Bulletin of the Pasteur Institute of Southern India, Coonoor - No. 3.
Year: 1910
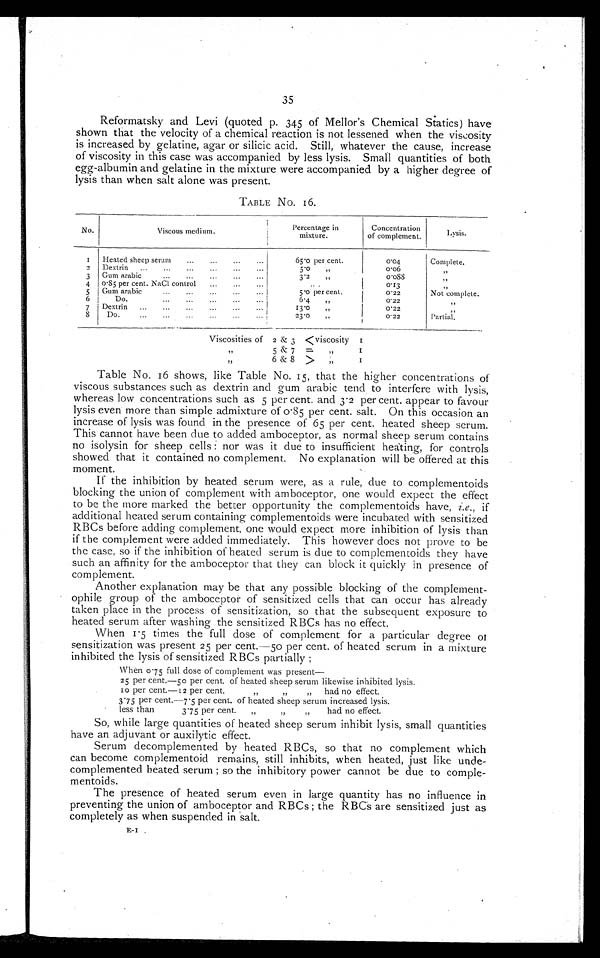
35
Reformatsky and Levi (quoted p. 345 of Mellor's Chemical Statics) have
shown that the velocity of a chemical reaction is not lessened when the viscosity
is increased by gelatine, agar or silicic acid. Still, whatever the cause, increase
of viscosity in this case was accompanied by less lysis. Small quantities of both
egg-albumin and gelatine in the mixture were accompanied by a higher degree of
lysis than when salt alone was present.
TABLE No. 16.
No.
Viscous medium.
Percentage in
mixture.
Concentration
of complement.
L y s i s .
1
...
...
...
Heated sheep serum...
per cent.
0.04
Complete.
2
Dextrin
......
5.0
„
0 .06
3
4
Gum arabic
...
...
...
...
...
0.85 per cent. NaCI control
...
...
...
3.2
„
0 . 0 8 8
0.13
,,
5
Gum arabic
...
...
...
...
...
5.0 per cent.
0.22
Not complete.
6
Do.
...
...
...
...
6.4
„
0.22
, ,
7 i Dextrin
...
...
...
...
...
13.0
„
0'22
, ,
S
Do.
...
...
...
23.0
,,
0 . 2 2
Partial.
Viscosities of
, ,
,,
2 & 3
5 & 7
6 & 8
<viscosity
=
,,
>
,,
1
1
1
Table No. 16 shows, like Table No. 15, that the higher concentrations of
viscous substances such as dextrin and gum arabic tend to interfere with lysis,
whereas low concentrations such as 5 per cent. and 3.2 per cent. appear to favour
lysis even more than simple admixture of 0.85 per cent. salt. On this occasion an
increase of lysis was found in the presence of 65 per cent. heated sheep serum.
This cannot have been due to added amboceptor, as normal sheep serum contains
no isolysin for sheep cells : nor was it due to insufficient heating, for controls
showed that it contained no complement. No explanation will be offered at this
moment.
If the inhibition by heated serum were, as a rule, clue to complementoids
blocking the union of complement with amboceptor, one would expect the effect
to be the more marked the better opportunity the complementoids have, i.e., if
additional heated serum containing complementoids were incubated with sensitized
RBCs before adding complement, one would expect more inhibition of lysis than
if the complement were added immediately. This however does not prove to be
the case, so if the inhibition of heated serum is clue to complementoids they have
such an affinity for the amboceptor that they can block it quickly in presence of
complement.
Another explanation may be that any possible blocking of the complement-
ophile group of the amboceptor of sensitized cells that can occur has already
taken place in the process of sensitization, so that the subsequent exposure to
heated serum after washing the sensitized RBCs has no effect.
When 1 . 5 times the full dose of complement for a particular degree of
sensitization was present 25 per cent.—50 per cent. of heated serum in a mixture
inhibited the lysis of sensitized RBCs partially ;
When 0.75 full dose of complement was present
—
25 per cent.—5o per cent. of heated sheep serum likewise inhibited lysis.
10 per cent.—12 per cent.„
had no effect.
,,
, ,
3 . 7 5 per cent.—7.5 per cent. of heated sheep serum increased lysis.
less than
3.75 per cent.
„
,,
had no effect.
77
So, while large quantities of heated sheep serum inhibit lysis, small quantities
have an adjuvant or auxilytic effect.
Serum decomplemented by heated RBCs, so that no complement which
can become complementoid remains, still inhibits, when heated, just like unde-
complemented heated serum ; so the inhibitory power cannot be due to comple-
mentoids.
The presence of heated serum even in large quantity has no influence in
preventing the union of amboceptor and RBCs ; the RBCs are sensitized just as
completely as when suspended in salt.
E-I